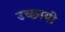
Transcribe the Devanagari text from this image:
उच्छायी